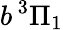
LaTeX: b\, ^{3}\Pi_{1}